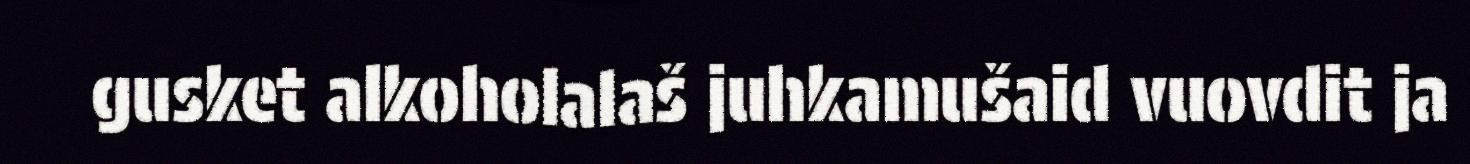
gusket alkoholalaš juhkamušaid vuovdit ja